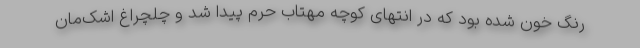
رنگ خون شده بود که در انتهای کوچه مهتاب حرم پیدا شد و چلچراغ اشک‌مان